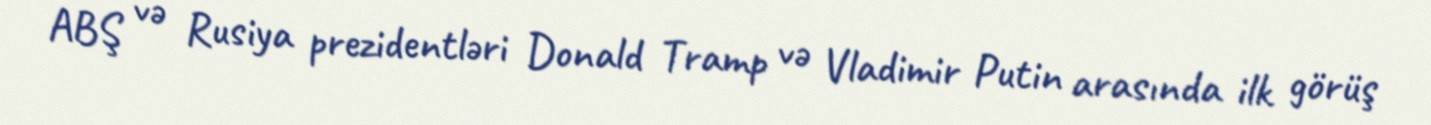
ABŞ və Rusiya prezidentləri Donald Tramp və Vladimir Putin arasında ilk görüş